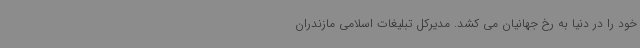
خود را در دنیا به رخ جهانیان می کشد. مدیرکل تبلیغات اسلامی مازندران